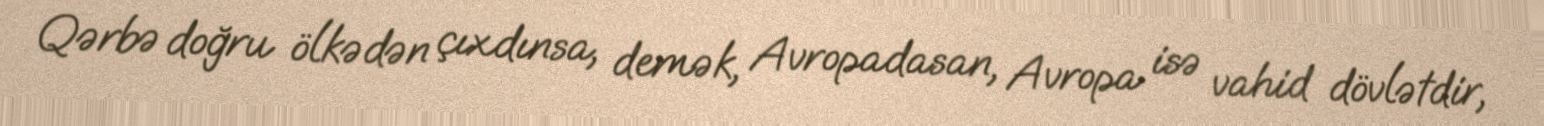
Qərbə doğru ölkədən çıxdınsa, demək, Avropadasan, Avropa isə vahid dövlətdir,